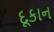
દૂકાન